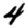
Digit: 4